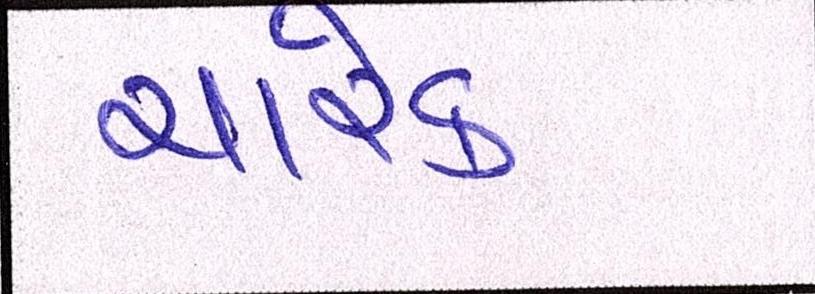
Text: ચારેક